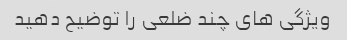
ویژگی های چند ضلعی را توضیح دهید